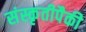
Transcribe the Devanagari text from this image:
संस्कृतीपैकी